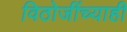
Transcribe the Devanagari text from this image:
विठोजींच्याही